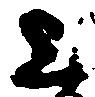
上